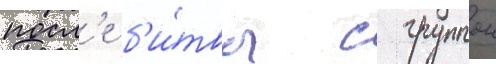
посл'е б'и́твы с группои